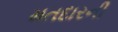
મતદારની